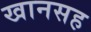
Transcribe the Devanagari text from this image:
खानसह